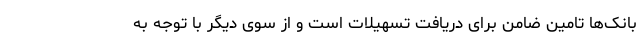
بانک‌ها تامین ضامن برای دریافت تسهیلات است و از سوی دیگر با توجه به